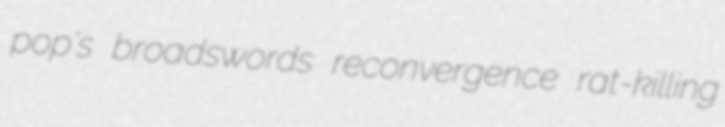
pop's broadswords reconvergence rat-killing